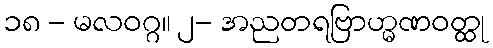
၁၈ - မလဝဂ္ဂ။ ၂- အညတရဗြာဟ္မဏဝတ္ထု